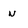
Character: n